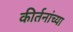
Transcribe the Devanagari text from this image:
कीर्तनांच्या